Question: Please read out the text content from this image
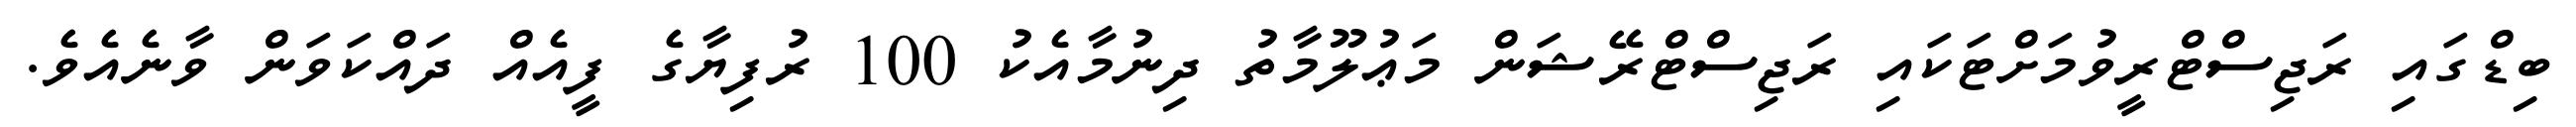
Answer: ބިޑްގައި ރަޖިސްޓްރީވުމަށްޓަކައި ރަޖިސްޓްރޭޝަން މަޢުލޫމާތު ދިނުމާއެކު 100 ރުފިޔާގެ ފީއެއް ދައްކަވަން ވާނެއެވެ.